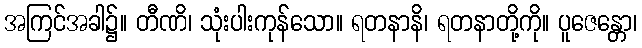
အကြင်အခါ၌။ တီဏိ၊ သုံးပါးကုန်သော။ ရတနာနိ၊ ရတနာတို့ကို။ ပူဇေန္တော၊